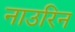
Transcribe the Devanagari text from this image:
नाउरिन